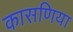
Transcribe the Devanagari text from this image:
कासणिया